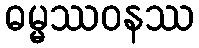
ဓမ္မဿဝနဿ